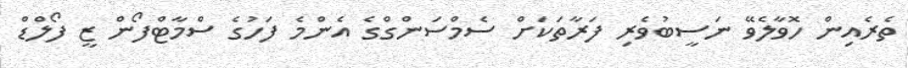
ތެރެއިން ހޮވާލެވޭ ނަސީބުވެރި ފަރާތަކަށް ސެމްސަންގްގެ އެންމެ ފަހުގެ ސްމާޓްފޯން ޒީ ފޯލްޑް